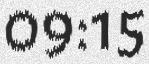
09:15